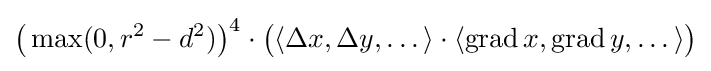
{\big (}\max(0,r^{2}-d^{2}){\big )}^{4}\cdot {\big (}\langle \Delta x,\Delta y,\dots \rangle \cdot \langle \operatorname {grad} x,\operatorname {grad} y,\dots \rangle {\big )}